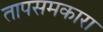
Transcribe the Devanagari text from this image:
तापसमकारा